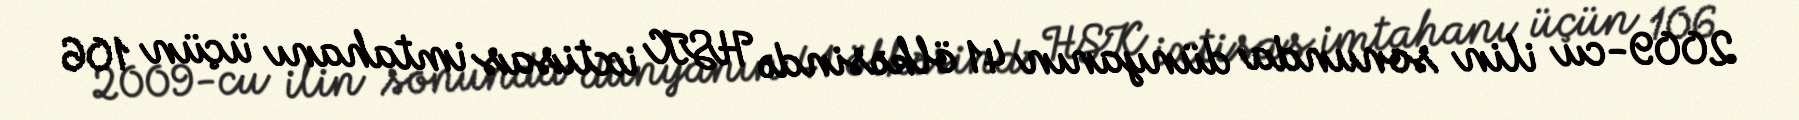
2009-cu ilin sonunda dünyanın 41 ölkəsində HSK ixtisas imtahanı üçün 106